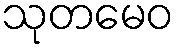
သုတမေဝ